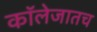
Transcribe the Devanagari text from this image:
कॉलेजातच